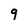
Character: 9